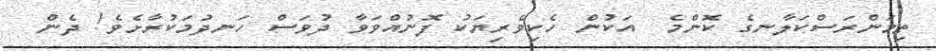
ތިމަންރަސްކަލާނގެ ކޮންމެ  އަކުން ހެކިވެރިޔަކު ފޮނުއްވަވާ ދުވަސް ހަނދުމަކުރާށެވެ! ދެން